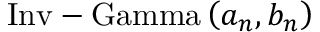
{ \mathrm { I n v - G a m m a } } \left( a _ { n } , b _ { n } \right)